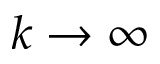
k \to \infty